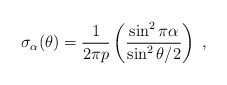
\begin{align*}\sigma_\alpha(\theta)={1\over 2\pi p}\left({\sin^2{\pi \alpha}\over \sin^2{\theta/2}}\right)\; ,\end{align*}